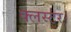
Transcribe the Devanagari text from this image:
क्लस्टर।